Calcutta medical institutions reports 1871-78
Year: 1871
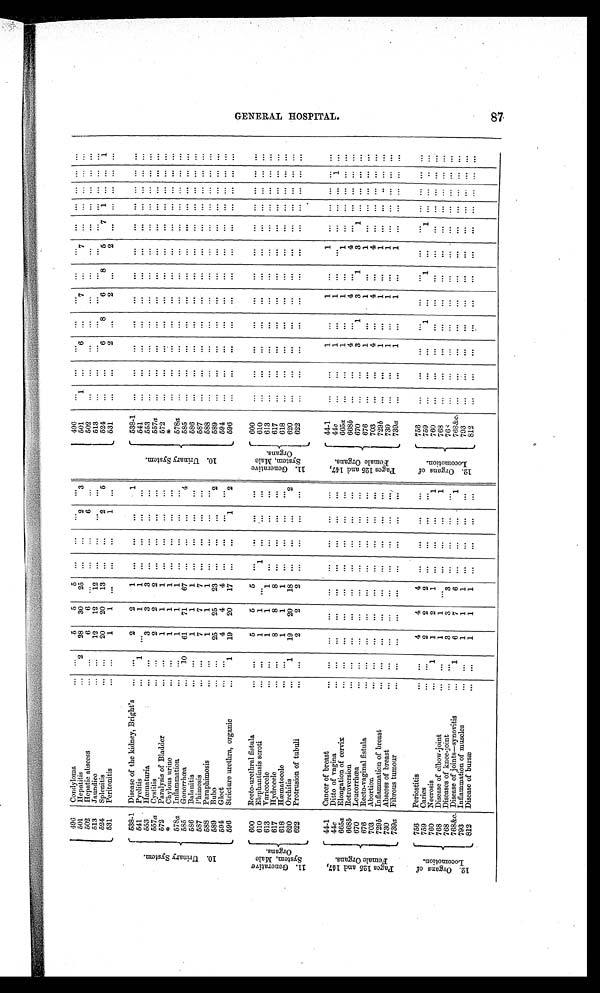
496
Condyloma
... ...
5
5
5
...
...
...
...
496
...
...
...
...
...
...
...
... ... ... ... ...
501
Hepatitis
...
2
28
30
25 ...
... 2
3
501
1
...
6
... 7
...
7
...
... ... ... ...
502
Hepatic abscess
... ...
6 6
...
...
...
6 ...
502
...
... ...
...
...
...
...
... ... ... .... ...
513
Jaundice
... ...
12
12 12
...
... ...
...
513 ...
...
... ...
...
...
...
... ... ... ... ...
524
Splenitis
... ...
20
20
13 ...
...
2
5
524
...
...
6
8
6
8
5
7 1 ... ... 1
531
Peritonitis
... ...
1
1 ...
...
...
1 ...
531
...
...
2 ...
2 ...
2 ...
... ... ... ...
10. Urinary System.
538-1 Disease of the kidney, Bright's
... ...
2
2
1 ...
...
...
1
10. Urinary System.
538-1 ...
...
...
...
...
...
...
...
... ... ... ...
541
Pyelitis
...
1 ...
1
1 ...
... ...
...
541
...
...
...
...
...
...
...
... ... ... ... ...
553
Hæmaturia
... ...
3
3
3 ...
...
...
...
553 ...
...
... ...
...
...
...
... ... ... ... ...
557a Cystitis
... ...
2
2 2
...
...
...
...
557a
...
...
...
...
...
...
...
... ... ... ... ...
572
Paralysis of Bladder
... ...
1
1
1 ...
...
... ...
572
...
... ...
...
...
...
...
... ... ... ... ...
*
...
...
... ...
...
...
...
... ... ... ... ...
*
Chylous urine
... ...
1
1
1 ...
...
...
...
578a
...
...
...
...
...
...
...
... ... ... ... ...
578a Inflammation
... ...
1
1
1 ...
...
...
...
585
Gonorrhœa
...
10
61
71
67 ... ...
...
4
5 8 5 ...
...
...
...
...
...
... ...
... ... ... ...
586 Balanitis
... ...
1
1 1
...
...
...
...
586
... ...
...
...
...
...
... ...
... ... ... ...
587
Phimosis
... ...
7
7
7 ...
...
...
...
587
...
...
...
...
...
...
...
... ... ... ... ...
588
Paraphimosis
... ...
1
1
1 ... ...
...
...
588 ...
...
...
...
...
...
...
... ... ... ... ...
589
Bubo
... ...
25
25
23 ...
...
...
2
589
... ...
... ...
...
...
...
... ... ... ... ...
594
Gleet
...
...
4
4 4
...
...
...
...
594
...
...
...
...
...
...
...
...
... ... ... ...
596
Stricture urethra, organic
...
1
19
20
17 ...
...
1
2
596
...
...
...
... ...
...
...
... ... ... ... ...
1 1 . G e n e r a t i v e S y s t e m , M a l e O r g a n s .
600
Recto-urethral fistula
... ...
5
5
5 ...
...
...
...
1 1 . G e n e r a t i v e S y s t e m , M a l e O r g a n s .
600
...
...
...
...
...
...
... ...
... ... ... ...
610
Elephantiasis scroti
... ...
1
1 ...
1 ...
...
...
610 ...
...
...
... ...
...
...
... ... ... ... ...
613
Varicocele
... ...
1
1
1 ...
...
... ...
613
...
...
...
...
...
...
... ...
... ... ... ...
617
Hydrocele
... ...
8
8
8 ...
...
...
...
617
...
...
... ...
...
...
...
... ... ... ... ...
618
Hæmatocele
... ...
1
1
1 ...
...
... ...
618 ...
...
...
...
...
...
...
... ... ... ... ...
620
Orchitis
...
1
19
20
18 ...
...
...
2
620 ...
...
...
...
...
... ...
... ... .
... ...
622
Protrusion of tubuli
... ...
2
2
2 ...
... ...
...
622
...
...
...
...
...
... ...
...
... ... ... ...
P a g e s 1 2 5 a n d 1 4 7 , F e m a l e O r g a n s .
44-1 Cancer of breast
... ...
...
...
...
...
...
...
...
P a g e s 1 2 5 a n d 1 4 7 , F e m a l e O r g a n s .
44-1
...
...
1 ...
1 ...
1
...
... ... ... ...
44c
Ditto of vagina
... ... ...
...
...
... ...
...
...
44c ...
...
1 ...
1 ...
... ...
... ... 1 ...
665a
...
... 1
...
1 ... 1
...
... ... ... ...
665a Elongation of cervix
... ...
...
...
...
...
...
...
...
668b Retroversion
... ...
...
...
...
...
...
...
...
668b
...
...
4 ...
4
...
4 ... ... ... ... ...
670
Leucorrhœa
... ...
...
... ...
...
... ...
...
670
... ...
3
1
3 1
3
1
... ... ... ...
676
Recto-vaginal fistula
... ...
...
...
...
...
...
...
...
676
... ...
1 ...
1 ... 1
...
... ... ... ...
703
Abortion
...
...
...
...
...
...
...
...
...
703
...
...
4 ... 4
...
4 ... ... ... ... ...
729b Inflammation of breast
... ...
... ...
...
...
...
... ...
729b
...
...
1 ...
1 ... 1
...
... ... ... ...
730
Abscess of breast
... ...
...
...
...
...
...
... ...
730
... ...
1
...
1 ... 1
...
... ...
... ...
739a Fibrous tumour
... ...
...
...
...
...
...
...
...
739a
...
...
1 ...
1 ... 1
...
... ...
... ...
1 2 O r g a n s o f L o c o m o t i o n .
756
Periostitis
... ...
4
4
4
...
...
...
...
1 2 . O r g a n s o f L o c o m o t i o n .
756
...
...
...
...
...
...
...
... ... ... ... ...
759
Caries
... ...
2
2
2 ... ...
...
...
759 ...
...
...
1 ...
1 ...
1 ... ... ... ...
760
Necrosis
...
1
1
2 1
...
...
...
1
760
...
...
...
...
...
...
...
... ... ... ... ...
768
Disease of elbow-joint
... ...
1 1
...
...
...
...
1
768
...
...
...
...
...
...
...
... ... ... ... ...
768
Diseases of knee-joint
... ...
3
3 3
...
...
...
...
766 ...
...
...
...
...
... ...
... ... ... ... ...
768&c. Disease of joints—synovitis
...
1
6
7
6 ...
...
...
1
768&c. ...
...
...
... ...
...
...
... ... ... ... ...
793
Inflammation of muscles
... ...
1
1 1
...
...
...
...
793
...
...
...
...
...
...
...
... ... ... ... ...
812
Disease of bursæ
... ...
1
1
1
...
...
...
...
812
...
...
...
...
...
...
...
...
... ... ... ...
gENERAL hOSPITAL. 87